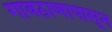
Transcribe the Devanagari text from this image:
गावठाणापासून